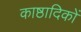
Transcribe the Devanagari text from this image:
काष्ठादिकों